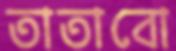
তাতাবো